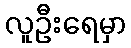
လူဦးရေမှာ